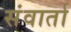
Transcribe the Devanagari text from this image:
संवार्ता